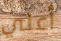
أعلي